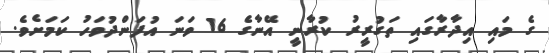
ގެ މައި އިދާރާގައި ތަގުރީރު ކުރާނީ އޭނާގެ 16 ވަނަ އުފަންދުވަހު ކަމަށެވެ.